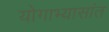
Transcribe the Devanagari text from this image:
योगाभ्यासांत